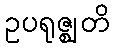
ဥပရုဇ္ဈတိ